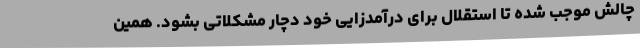
چالش موجب شده تا استقلال برای درآمدزایی خود دچار مشکلاتی بشود. همین